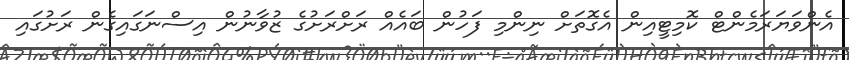
އެންވަޔަރަމެންޓް ކޮމިޓީއިން އެގޮތަށް ނިންމި ފަހުން ބައެއް ރަށްރަށުގެ ޒުވާނުން އިސްނަގައިގެން ރަށުގައި